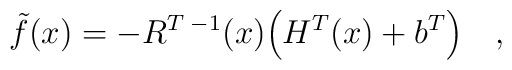
\tilde f(x) = -R^{T\;-1}(x)\Bigl(H^T(x) + b^T\Bigr)\quad,